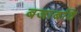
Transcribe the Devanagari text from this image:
बजाबथि